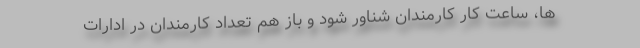
ها، ساعت کار کارمندان شناور شود و باز هم تعداد کارمندان در ادارات